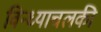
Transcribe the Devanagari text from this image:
विन्ध्याचलकी